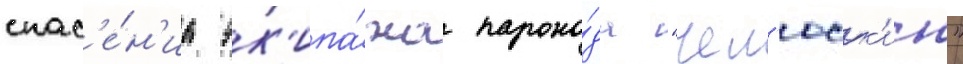
спас'е́н'иа эк'ипа́жа парохо́да "чел'юск'ин"